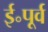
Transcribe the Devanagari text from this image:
ई॰पूर्व